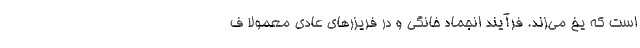
است که یخ می‌زند. فرآیند انجماد خانگی و در فریزرهای عادی معمولا ف